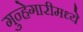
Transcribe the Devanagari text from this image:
गुन्हेगारीमध्ये